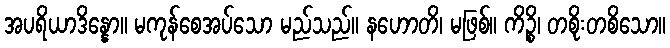
အပရိယာဒိန္နော။ မကုန်စေအပ်သော မည်သည်။ နဟောတိ၊ မဖြစ်။ ကိဉ္စိ၊ တစိုးတစိသော။